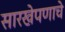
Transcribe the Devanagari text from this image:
सारखेपणाचे